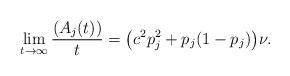
LaTeX: \begin{align*} \lim_{t\to \infty} \frac{(A_j(t))}{t} = \bigl ( c^2 p_j^2 + p_j(1-p_j) \bigr ) \nu.\end{align*}